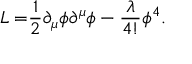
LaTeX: { \cal L = } \frac { 1 } { 2 } \partial _ { \mu } \phi \partial ^ { \mu } \phi - \frac { \lambda } { 4 ! } \phi ^ { 4 } .